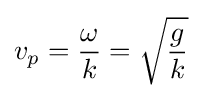
v_{p}={\frac {\omega }{k}}={\sqrt {\frac {g}{k}}}